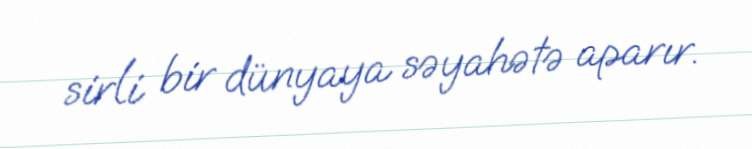
sirli bir dünyaya səyahətə aparır.